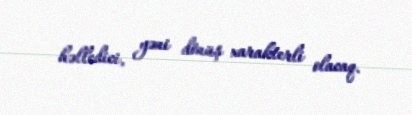
həlledici, yəni dönüş xarakterli olacaq.